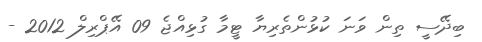
ބިދޭސީ ތިން ވަނަ ކުޅުންތެރިޔާ ޓީމާ ގުޅިއްޖެ 09 އޭޕްރިލް 2012 -